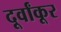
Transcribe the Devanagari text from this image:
दूर्वांकूर